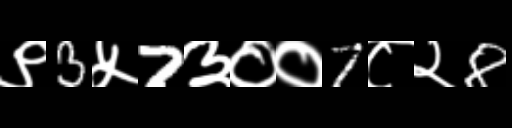
Text: ९3५7३००7८२8